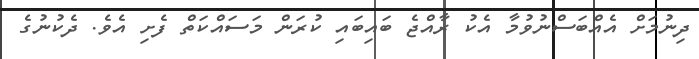
ދިނުމަށް އެއްބަސްނުވުމާ އެކު ރާއްޖެ ބައިބައި ކުރަން މަސައްކަތް ފެށި އެވެ. ދެކުނުގެ